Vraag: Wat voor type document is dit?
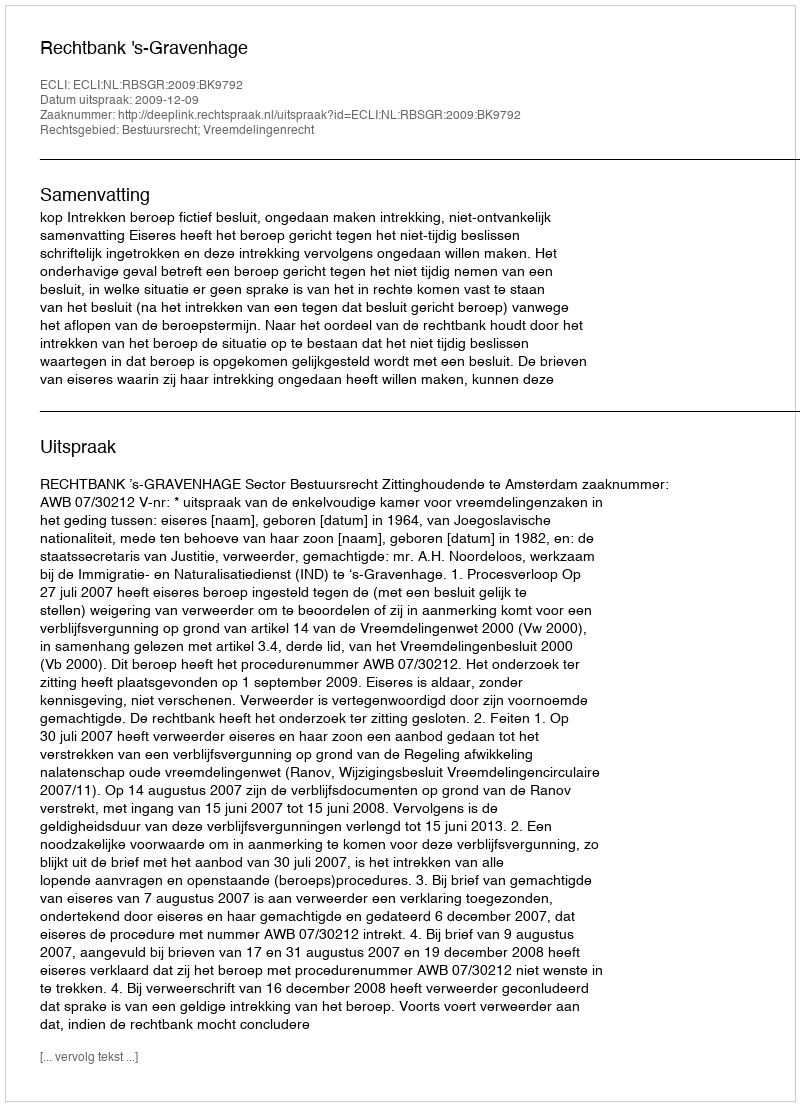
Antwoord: Uitspraak